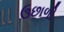
ઉછાળી